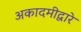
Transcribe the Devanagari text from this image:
अकादमीद्वारे